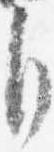
自